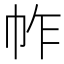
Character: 𢂃